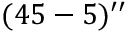
( 4 5 - 5 ) ^ { \prime \prime }